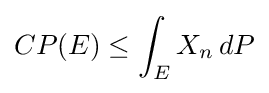
CP(E)\leq \int _{E}X_{n}\,dP